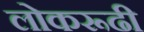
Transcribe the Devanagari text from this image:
लोकरूढी